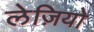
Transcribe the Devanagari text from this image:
लेज़ियो